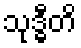
သုဒ္ဓီတိ